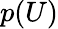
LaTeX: p(U)